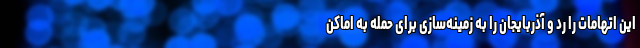
این اتهامات را رد و آذربایجان را به زمینه‌سازی برای حمله به اماکن